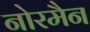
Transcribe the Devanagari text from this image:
नोरमैन